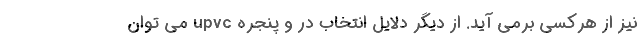
نیز از هرکسی برمی آید. از دیگر دلایل انتخاب در و پنجره upvc می توان